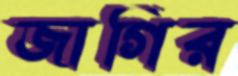
জাগির